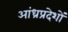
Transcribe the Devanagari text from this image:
आंध्रप्रदेशों